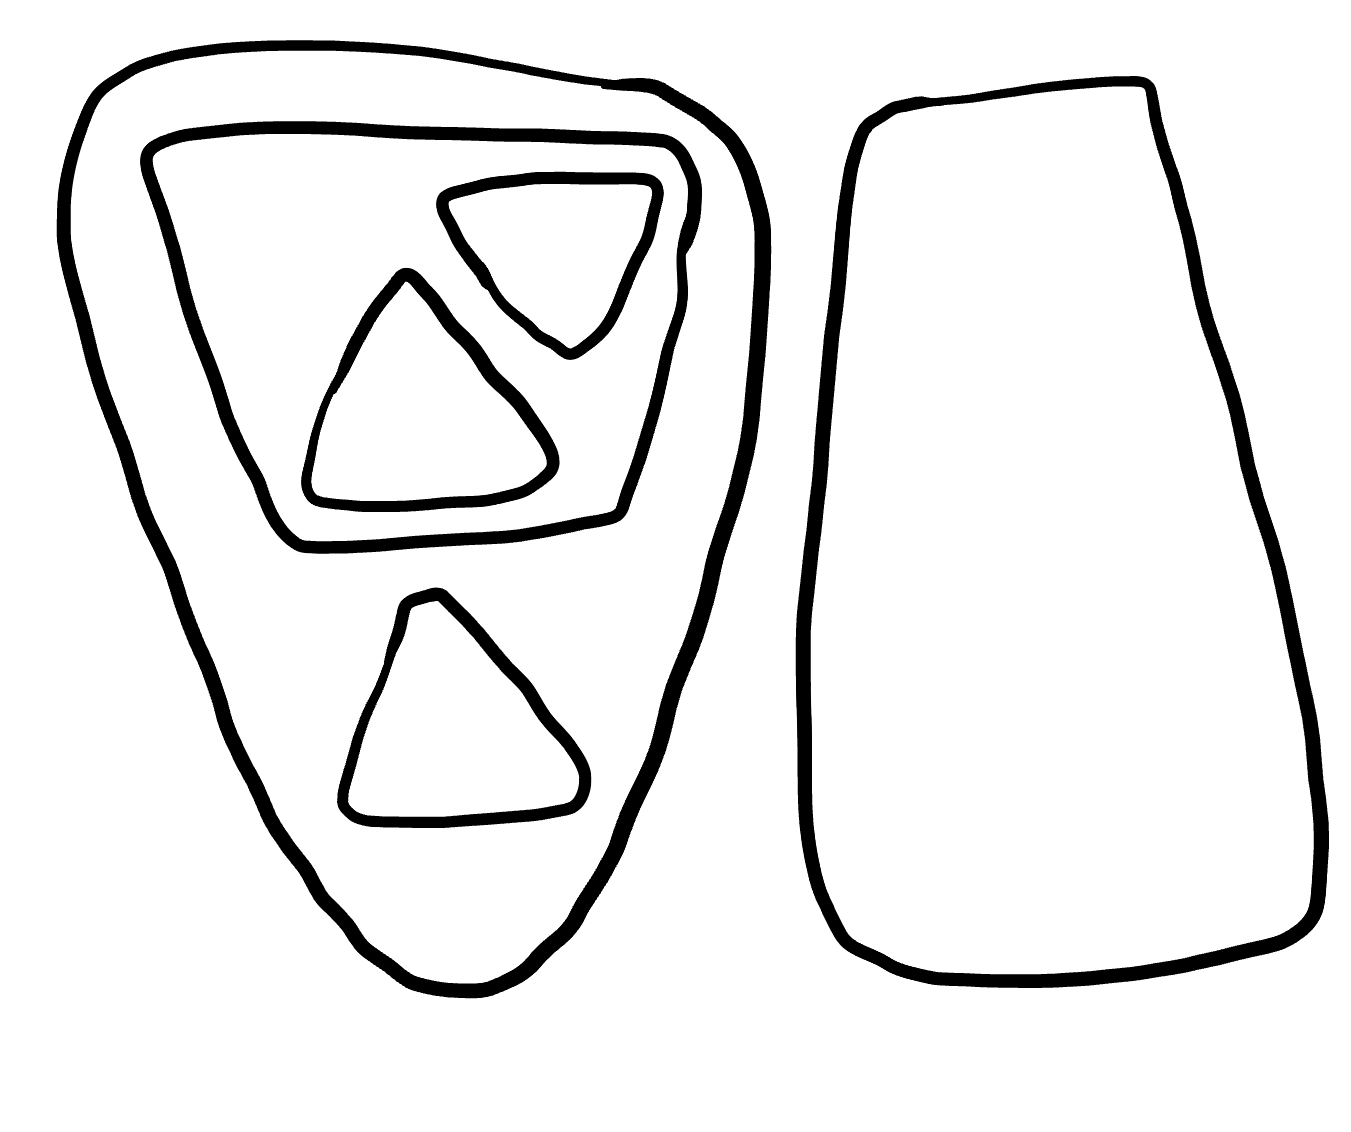
Number of regions (including the outer root region): 7
Containment tree edges (parent, child): 0, 1, 0, 2, 2, 3, 2, 4, 4, 5, 4, 6